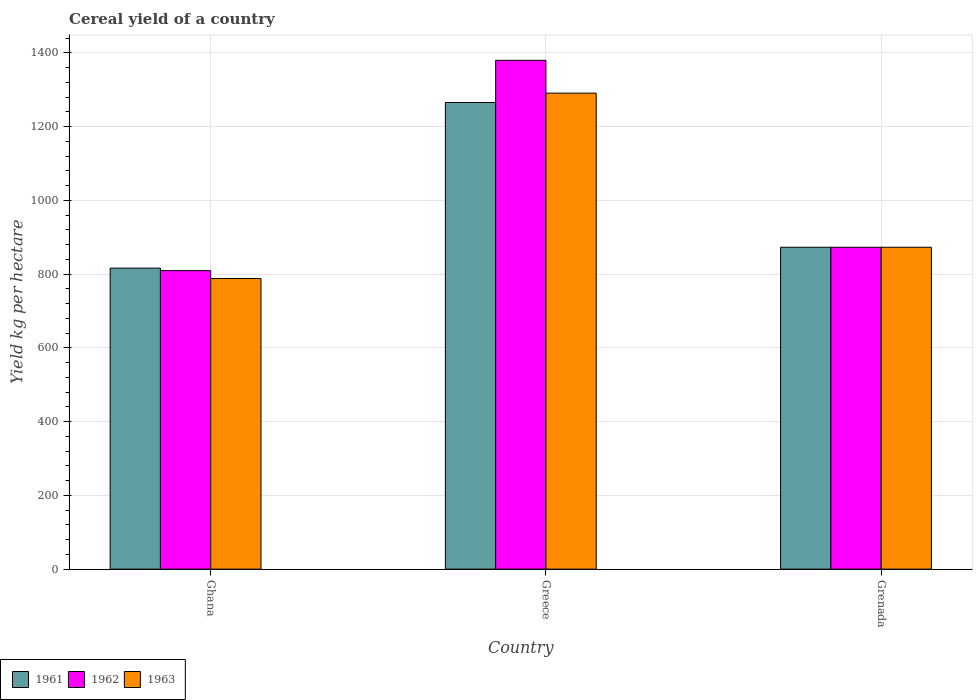
| Country | 1961 | 1962 | 1963 |
 | --- | --- | --- | --- |
 | Ghana | 816 | 810 | 788 |
 | Greece | 1.27e+03 | 1.38e+03 | 1.29e+03 |
 | Grenada | 873 | 873 | 873 |